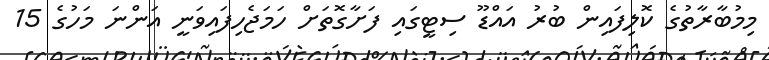
މިމުބާރާތުގެ ކޮލިފައިން ބުރު އައްޑޫ ސިޓީގައި ފަށާގޮތަށް ހަމަޖެހިފައިވަނީ އަންނަ މަހުގެ 15